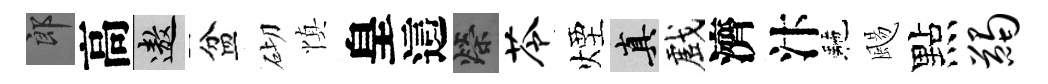
郎高遨盆砌慎皇這榮苓煙真戲濟汴駰颺點蠲